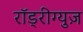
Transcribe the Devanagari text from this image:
राॅड्रीग्युज़